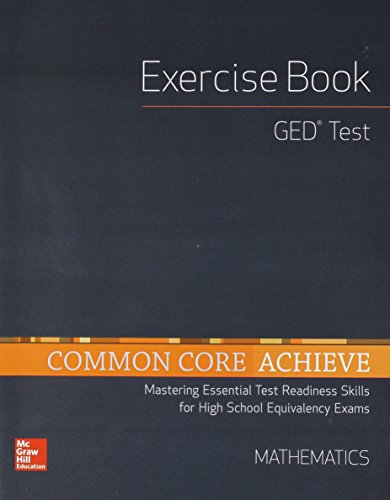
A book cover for Common Core Achieve, GED Exercise Book Mathematics (CCSS FOR ADULT ED); Contemporary; Test Preparation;